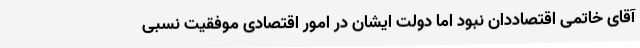
آقای خاتمی اقتصاددان نبود اما دولت ایشان در امور اقتصادی موفقیت نسبی